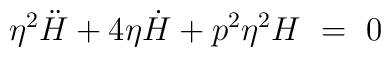
\eta^{2} \ddot{H} + 4\eta \dot{H} + p^{2} \eta^{2} H ~=~ 0